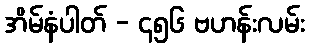
အိမ်နံပါတ် - ၄၅၆ ဗဟန်းလမ်း